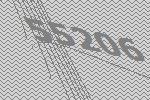
55206